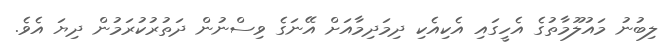
ލިބުނު މައުލޫމާތުގެ އެހީގައި އެކިއެކި ދިމަދިމާއަށް އޭނަގެ ވިސްނުން ދަތުރުކުރަމުން ދިޔަ އެވެ.